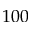
1 0 0